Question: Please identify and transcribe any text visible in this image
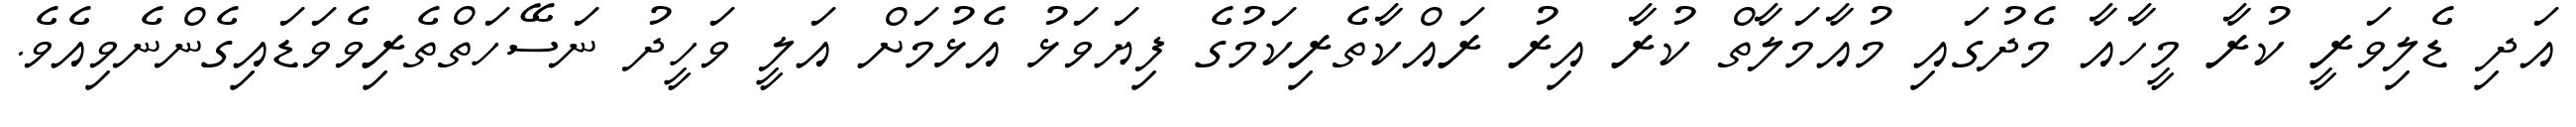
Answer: އަދި ޑެލިވަރީ ކުރާ މީހާއާ މެދުގައި މުއާމަލާތް ކުރާ އިރު ރައްކާތެރިކަމުގެ ފިޔަވަޅު އެޅުމަށް އަލީ ވަހީދު ނަސޭހަތްތެރިވެވަޑައިގެންނެވިއެވެ.